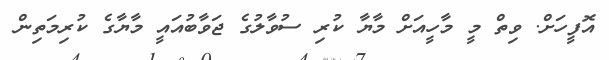
އޮފީހަށް. ވިތް މީ މާހީއަށް މާޔާ ކުރި ސުވާލުގެ ޖަވާބުއައީ މާޔާގެ ކުރިމަތިން